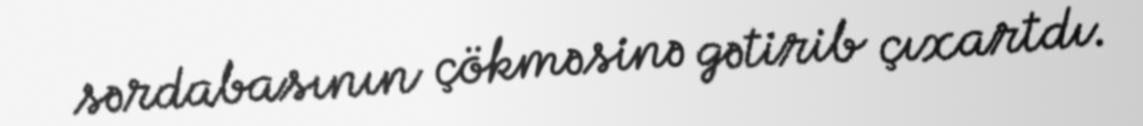
sərdabasının çökməsinə gətirib çıxartdı.